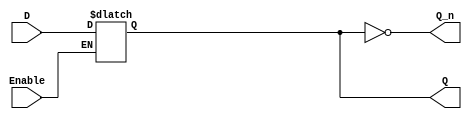
module latch_register (
    input wire D,          // Data input
    input wire Enable,     // Control signal (Enable)
    output reg Q,         // Data output
    output wire Q_n       // Inverted output
);

// Inverted output
assign Q_n = ~Q;

// Latch behavior
always @(*) begin
    if (Enable) begin
        Q = D;            // Transparent state: output follows input
    end
    // If Enable is low, Q retains its previous value
end

endmodule